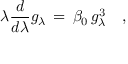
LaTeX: \lambda { \frac { d } { d \lambda } } g _ { \lambda } \, = \, \beta _ { 0 } \, g _ { \lambda } ^ { 3 } \quad ,